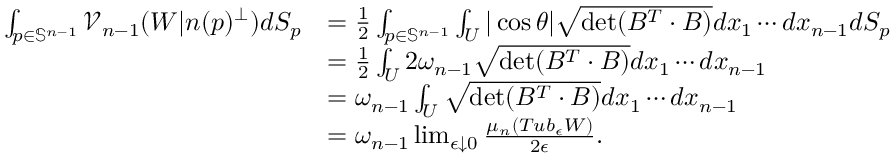
\begin{array} { r l } { \int _ { p \in \mathbb { S } ^ { n - 1 } } \mathcal { V } _ { n - 1 } ( W | n ( p ) ^ { \perp } ) d S _ { p } } & { = \frac { 1 } { 2 } \int _ { p \in \mathbb { S } ^ { n - 1 } } \int _ { U } | \cos \theta | \sqrt { \operatorname* { d e t } ( B ^ { T } \cdot B ) } d x _ { 1 } \cdots d x _ { n - 1 } d S _ { p } } \\ & { = \frac { 1 } { 2 } \int _ { U } 2 \omega _ { n - 1 } \sqrt { \operatorname* { d e t } ( B ^ { T } \cdot B ) } d x _ { 1 } \cdots d x _ { n - 1 } } \\ & { = \omega _ { n - 1 } \int _ { U } \sqrt { \operatorname* { d e t } ( B ^ { T } \cdot B ) } d x _ { 1 } \cdots d x _ { n - 1 } } \\ & { = \omega _ { n - 1 } \operatorname* { l i m } _ { \epsilon \downarrow 0 } \frac { \mu _ { n } ( T u b _ { \epsilon } W ) } { 2 \epsilon } . } \end{array}